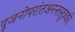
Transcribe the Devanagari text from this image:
पूजनोपरांतअनन्तसूत्रको